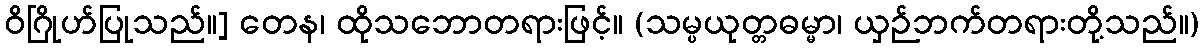
ဝိဂြိုဟ်ပြုသည်။] တေန၊ ထိုသဘောတရားဖြင့်။ (သမ္ပယုတ္တဓမ္မာ၊ ယှဉ်ဘက်တရားတို့သည်။)